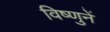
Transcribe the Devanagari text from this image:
विष्णुनें